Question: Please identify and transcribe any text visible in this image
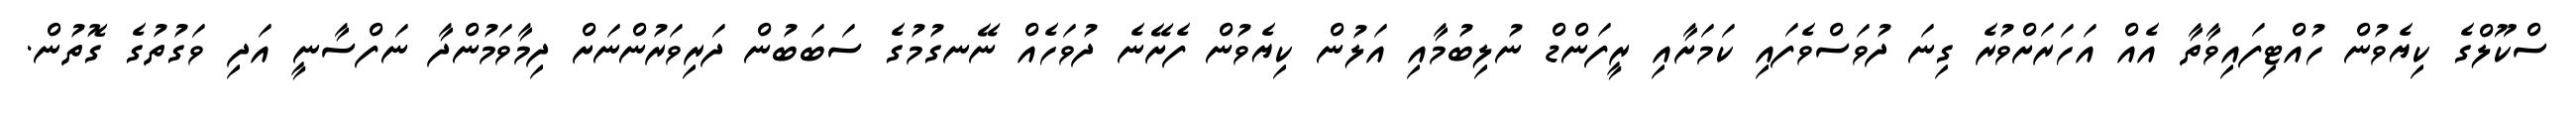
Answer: ސްކޫލްގެ ކިޔެވުން ހުއްޓިފައިވާތާ އެއް އަހަރަށްވުރެ ގިނަ ދުވަސްވެފައި ކަމަށާއި ރީފަންޑް ނުލިބުމާއި އަލުން ކިޔެވުން ފެށޭނެ ދުވަހެއް ނޭނގުމުގެ ސަބަބުން ދަރިވަރުންނަށް ދިމާވަމުންދާ ނަފްސާނީ އަދި ވަގުތުގެ ގޮތުން.